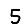
Digit: 5